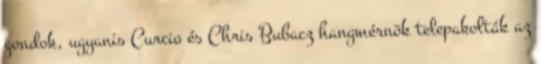
gondok, ugyanis Curcio és Chris Bubacz hangmérnök telepakolták az